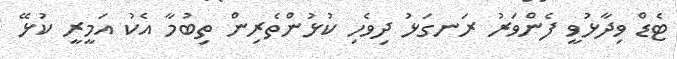
ޓެޑް ވިދާޅުވީ ފެންވަރު ރަނގަޅު ދިވެހި ކުޅުންތެރިން ތިބުމާ އެކު އަމީރީ ކުޅޭ